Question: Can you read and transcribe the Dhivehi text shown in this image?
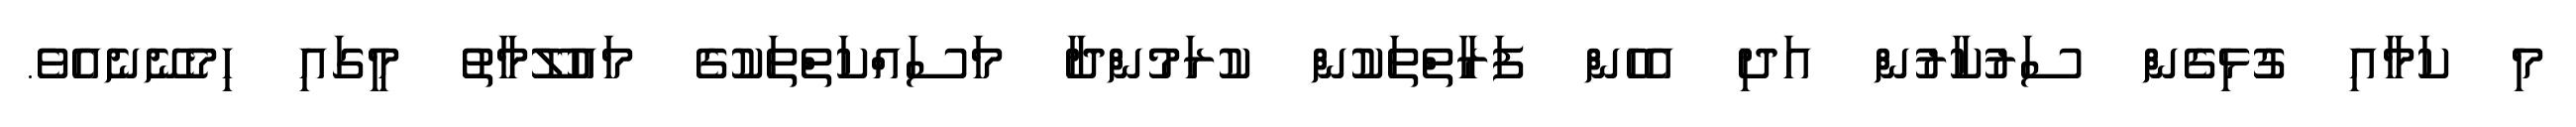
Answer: މި ކަމާއި ގުޅިގެން ސަރުކާރުން އަދި އެހެން ފަރާތްތަކުން ކުރަމުންދާ މަސައްކަތްތަކުގެ މައުލޫމާތު މީގައި ހިމެނޭނެއެވެ.